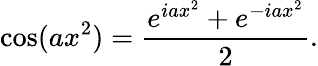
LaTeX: \cos(ax^{2})={\frac{e^{iax^{2}}+e^{-iax^{2}}}{2}}.